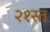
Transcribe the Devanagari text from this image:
२१स्त